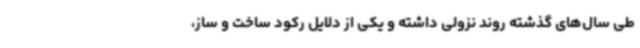
طی سال‌های گذشته روند نزولی داشته و یکی از دلایل رکود ساخت و ساز،